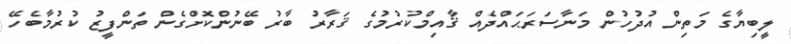
ލީބިޔާގެ މަތިން އުދުހުން މަނާސަރަޙައްދެއް ޤާއިމްކުރުމުގެ ޤަރާރު ބާރު ބޭނުންކޮށްގެން ތަންފީޒު ކުރުމާބެހޭ